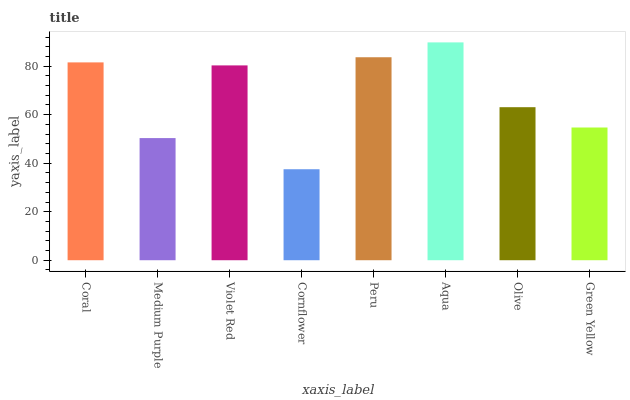
| xaxis_label | bars |
 | --- | --- |
 | Coral | 81.6 |
 | Medium Purple | 50.4 |
 | Violet Red | 80.3 |
 | Cornflower | 37.5 |
 | Peru | 83.7 |
 | Aqua | 89.8 |
 | Olive | 63.1 |
 | Green Yellow | 54.7 |